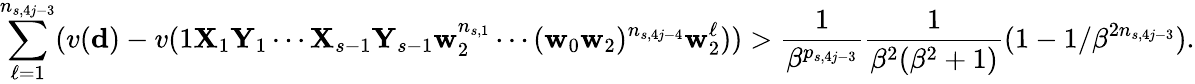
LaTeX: \sum_{\ell=1}^{n_{s,4j-3}}(v(\mathbf d)-v(1\mathbf X_{1}\mathbf Y_{1}\cdots\mathbf X_{s-1}\mathbf Y_{s-1}\mathbf w_{2}^{n_{s,1}}\cdots(\mathbf w_{0}\mathbf w_{2})^{n_{s,4j-4}}\mathbf w_{2}^{\ell}))>\frac 1{\beta^{p_{s,4j-3}}}\frac 1{\beta^{2}(\beta^{2}+1)}(1-1/\beta^{2n_{s,4j-3}}).